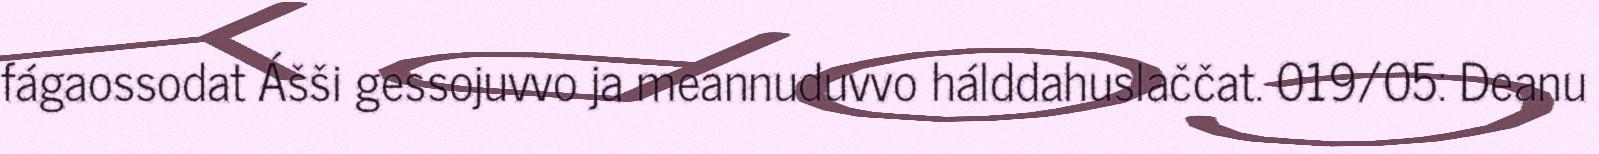
fágaossodat Ášši gessojuvvo ja meannuduvvo hálddahuslaččat. 019/05: Deanu